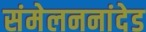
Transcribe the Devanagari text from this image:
संमेलननांदेड